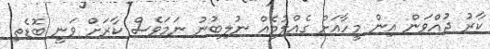
ކާރު ދުއްވަން އިން މީހާއަށް ގެއްލުމެއް ނުލިބުނު ނަމަވެސް ކާރަށް ވަނީ ބޮޑެތި